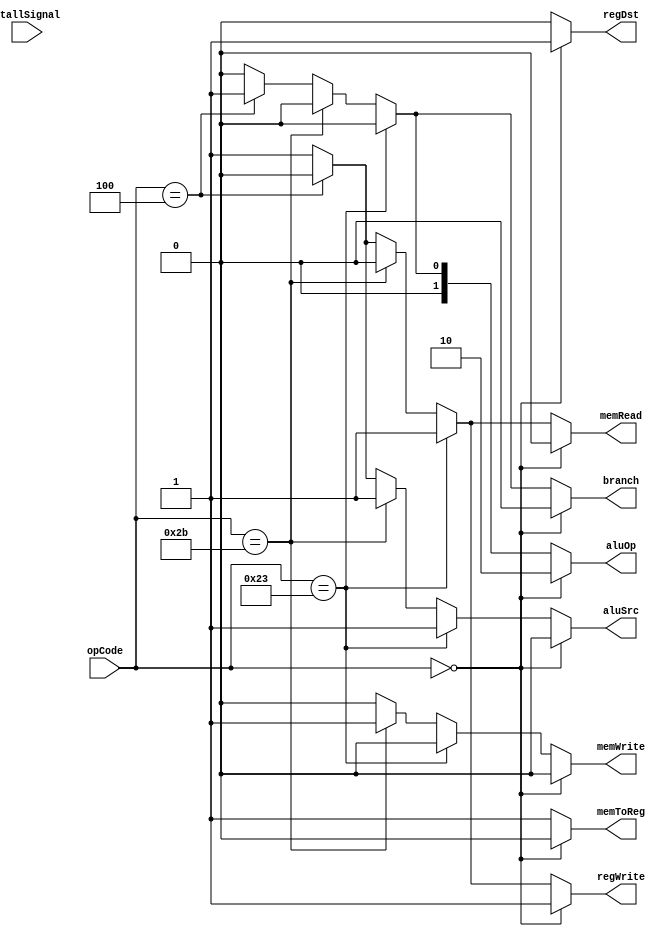
module controlUnit(opCode,stallSignal,regDst,branch,memRead,memToReg,aluOp,memWrite,aluSrc,regWrite);	  
	
	input stallSignal;
	input [5:0]opCode;
	output reg regDst,branch,memRead,memToReg,memWrite,aluSrc,regWrite;	   
	output reg [1:0]aluOp;	
	
	always@*
		begin	  /*
			if(stallSignal)
				begin			$display($time,"nop");
					regDst <=0;
					aluSrc <=0;
					memToReg <=0;
					regWrite <=0;
					memRead <=0;
					memWrite <=0;
					branch<=0;
					aluOp<=00; 
				end	  
				
			else */if(opCode==0)//R-instruction
				begin
					regDst <=1;
					aluSrc <=0;
					memToReg <=0;
					regWrite <=1;
					memRead <=0;
					memWrite <=0;
					branch<=0;
					aluOp<=10; 
					//$display("The instruction is R-instruction");
				end	
			else if(opCode==35)//lw
				begin 
					regDst <=0;
					aluSrc <=1;
					memToReg <=1;
					regWrite <=1;
					memRead =1;
					memWrite <=0;
					branch<=0;
					aluOp<=00;
					//$display("The instruction is load word memRead=%d",memRead);
				end	
			else if(opCode==43)//sw
				begin
					regDst <=0;//don't care
					aluSrc <=1;
					memToReg <=1;//don't care
					regWrite <=0;
					memRead <=0;
					memWrite <=1;
					branch<=0;
					aluOp<=00;							  
					//$display("The instruction is store word");
				end	
			else if(opCode==4)//beq
				begin
					regDst <=0;//don't care
					aluSrc <=0;
					memToReg <=1;//don't care
					regWrite <=0;
					memRead <=0;
					memWrite <=0;
					branch<=1;
					aluOp<=01;		   
					//$display("The instruction is beq");
				end		
			else//not supported operation
				begin
					regDst <=0;
					aluSrc <=1;
					memToReg <=1;
					regWrite <=1;
					memRead <=1;
					memWrite <=0;
					branch<=0;
					aluOp<=00;						   
					//$display("The instruction is not supported ,opCode : %d",opCode);
				end		
				
		end
		
	
endmodule		  

module controlUnitTestBench;
	
	reg [5:0]opCode=1;
	wire regDst,branch,memRead,memToReg,memWrite,aluSrc,regWrite;
	wire [1:0]aluOp;
	/*
	reg clk=0;
	always
		begin
			#10
			clk=~clk;
		end	 	
		*/
	controlUnit c1(opCode,stallSignal,regDst,branch,memRead,memToReg,aluOp,memWrite,aluSrc,regWrite);
	initial
		begin 
			//$monitor($time ,"opCode=%d regDst=%d branch=%d,memRead=%d,memToReg=%d,aluOp=%b,memWrite=%d,aluSrc=%d,regWrite=%d",opCode,regDst,branch,memRead,memToReg,aluOp,memWrite,aluSrc,regWrite);  
			
			opCode=0; //R 		
			#30
			opCode=35;//lw
			#20
			opCode=43;//sw
			#20
			opCode=4; //beq
		end
		
			
	endmodule